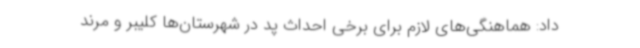
داد: هماهنگی‌های لازم برای برخی احداث پد در شهرستان‌ها کلیبر و مرند